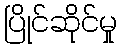
ပြိုင်ဆိုင်မှု